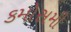
કમોસમી